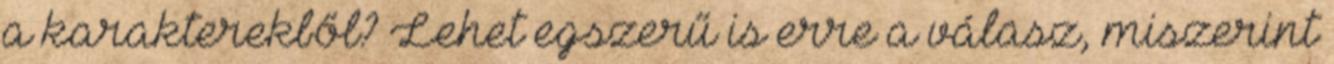
a karakterekből? Lehet egszerű is erre a válasz, miszerint